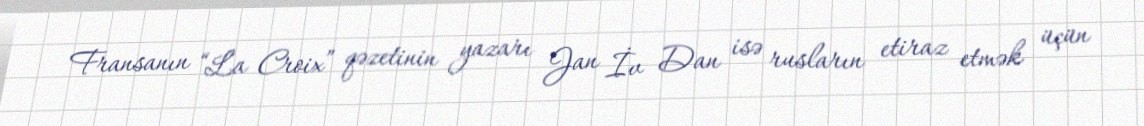
Fransanın “La Croix” qəzetinin yazarı Jan İv Dan isə rusların etiraz etmək üçün